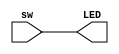
module mux(input [9:0]sw, output reg [9:0]LED);
	
	always @(sw)
	begin
		LED[0] = sw[0];
		LED[1] = sw[1];
		LED[2] = sw[2];
		LED[3] = sw[3];
		LED[4] = sw[4];
		LED[5] = sw[5];
		LED[6] = sw[6];
		LED[7] = sw[7];
		LED[8] = sw[8];
		LED[9] = sw[9];
	end
	
endmodule